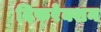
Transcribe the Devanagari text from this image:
दिफ़्रेक्शन